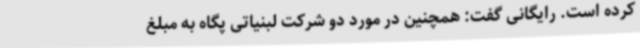
کرده است. رایگانی گفت: همچنین در مورد دو شرکت لبنیاتی پگاه به مبلغ